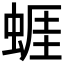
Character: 𧍊